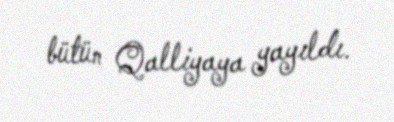
bütün Qalliyaya yayıldı.